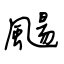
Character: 颺